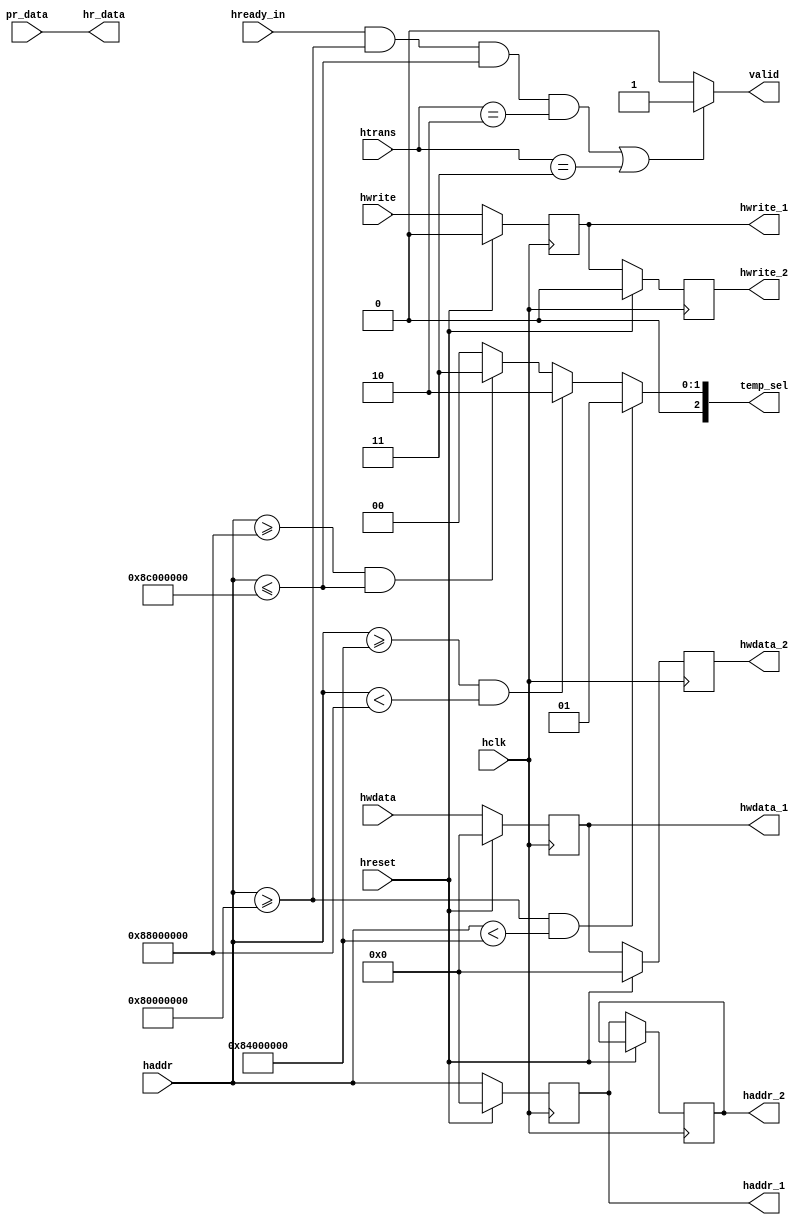
module AHB_slave(hclk,hreset,hready_in,hwrite,htrans,haddr,hwdata,pr_data,haddr_1,haddr_2,hwdata_1,hwdata_2,valid,hwrite_1,hwrite_2,hr_data,temp_sel);
input hclk,hreset, hready_in, hwrite;
input [1:0]htrans;
input [31:0]haddr,hwdata,pr_data;
output reg[31:0]haddr_1,haddr_2,hwdata_1,hwdata_2; output reg valid,hwrite_1,hwrite_2;
output [31:0]hr_data; output reg[2:0]temp_sel;
//pipelining for haddr, hwdata, hwrite//
always @(posedge hclk) begin
if (hreset==1) begin
hwdata_2<=0;
haddr_1<=0; //code for haddr// haddr_2<=0;
hwdata_1<=0; //code for hwdata//
hwrite_1<=0; //code for hwrite//
hwrite_2<=0; end
else if (hreset==0) begin
haddr_1<=haddr;
haddr_2<=haddr_1; hwdata_1<=hwdata;
 hwdata_2<=hwdata_1;
hwrite_1<=hwrite;
hwrite_2<=hwrite_1; end
end
//valid signals using hready in, address range and htrans//
always @(*) begin
valid=1'b0;
if (hready_in==1 && haddr>=32'h8000_0000 && haddr<=32'h8c00_0000 && htrans==2'b10 || htrans==2'b11)
valid=1'b1; else
valid=1'b0;
end
// generate temp_sel//
always @(*)
begin
temp_sel=3'b000;
if (haddr>=32'h8000_0000 && haddr<32'h8400_0000) temp_sel=3'b001;
else if (haddr>=32'h8400_0000 && haddr<32'h8800_0000) temp_sel=3'b010;
else if (haddr>=32'h8800_0000 && haddr<=32'h8c00_0000) temp_sel=3'b011;
end
assign hr_data=pr_data;

endmodule